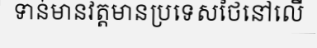
ទាន់មានវត្តមានប្រទេសថៃនៅលើ